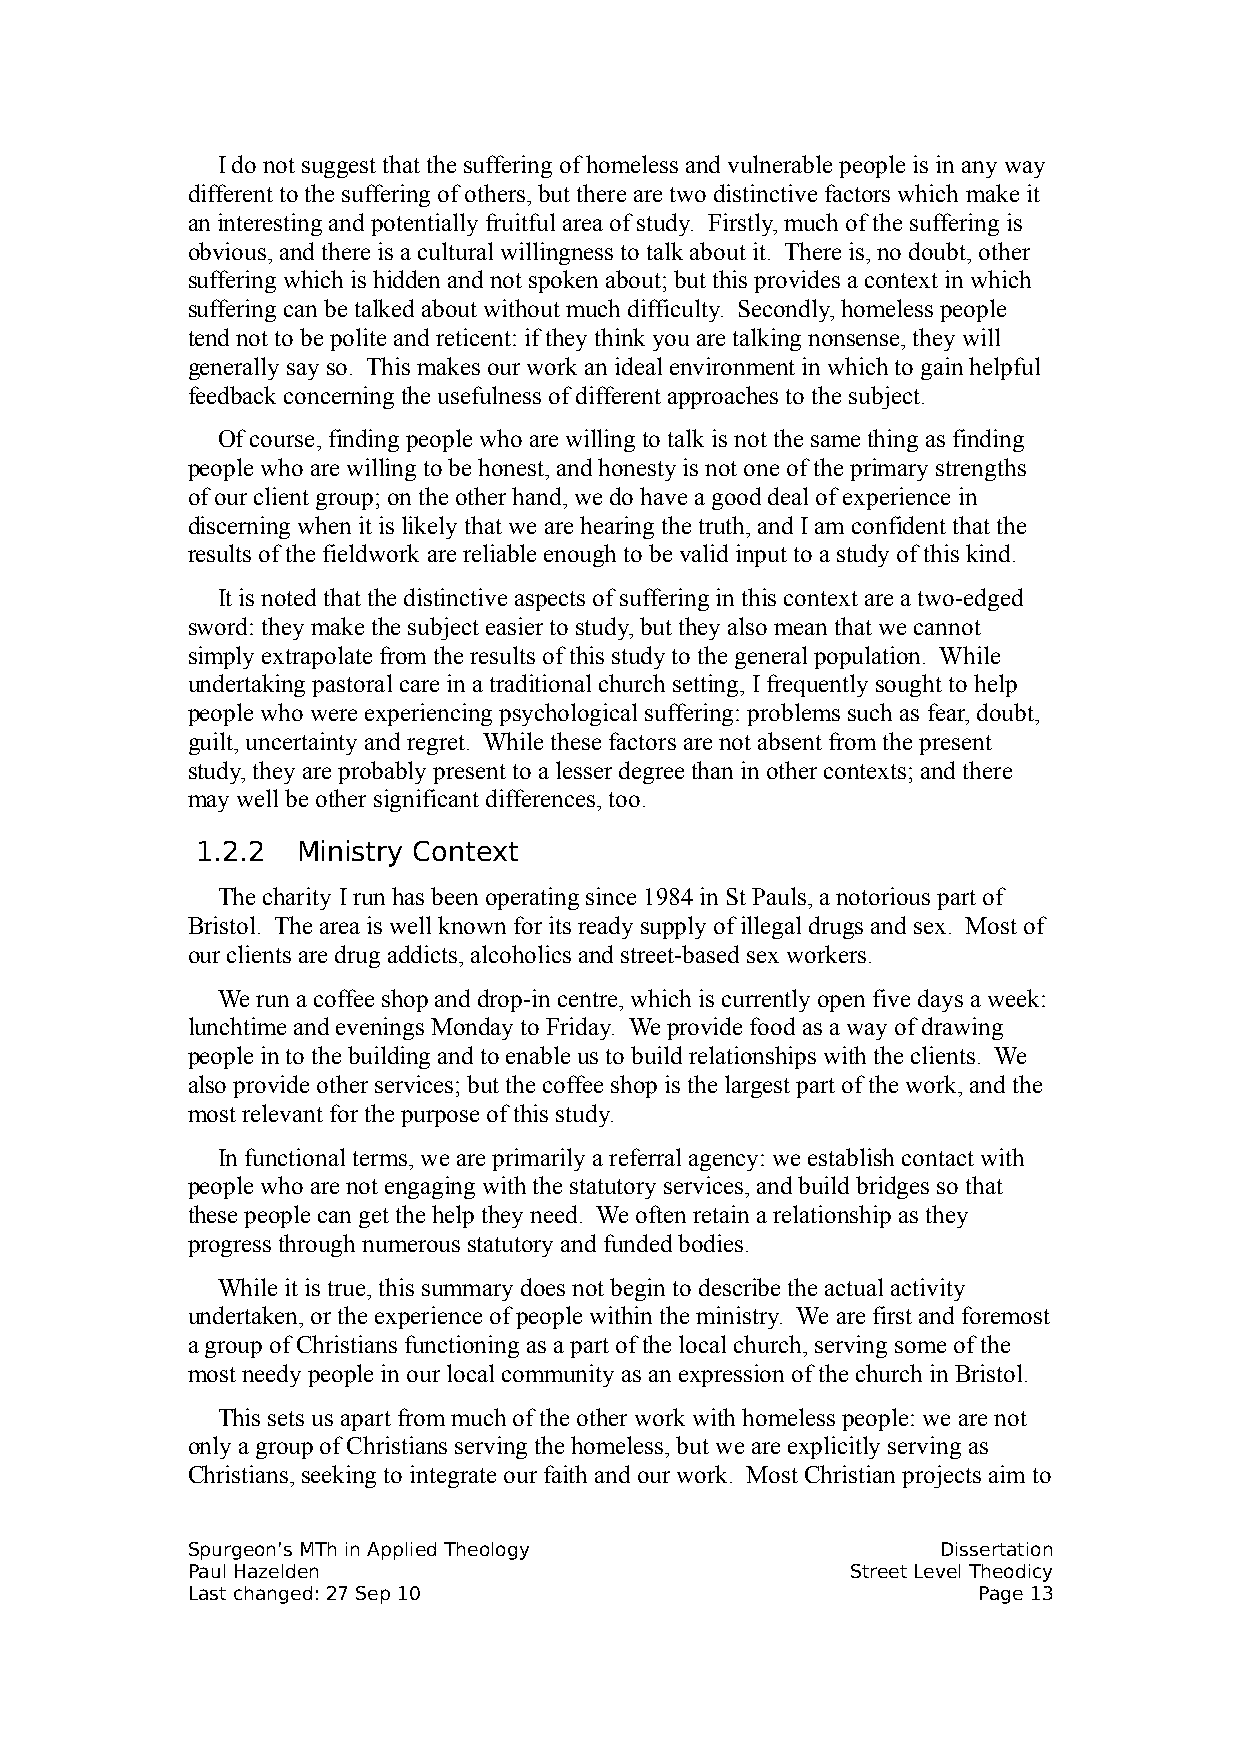
I do not suggest that the suffering of homeless and vulnerable people is in any way
 different to the suffering of others, but there are two distinctive factors which make it
 an interesting and potentially fruitful area of study. Firstly, much of the suffering is
 obvious, and there is a cultural willingness to talk about it. There is, no doubt, other
 suffering which is hidden and not spoken about; but this provides a context in which
 suffering can be talked about without much difficulty. Secondly, homeless people
 tend not to be polite and reticent: if they think you are talking nonsense, they will
 generally say so. This makes our work an ideal environment in which to gain helpful
 feedback concerning the usefulness of different approaches to the subject.
 Of course, finding people who are willing to talk is not the same thing as finding
 people who are willing to be honest, and honesty is not one of the primary strengths
 of our client group; on the other hand, we do have a good deal of experience in
 discerning when it is likely that we are hearing the truth, and I am confident that the
 results of the fieldwork are reliable enough to be valid input to a study of this kind.
 It is noted that the distinctive aspects of suffering in this context are a two-edged
 sword: they make the subject easier to study, but they also mean that we cannot
 simply extrapolate from the results of this study to the general population. While
 undertaking pastoral care in a traditional church setting, I frequently sought to help
 people who were experiencing psychological suffering: problems such as fear, doubt,
 guilt, uncertainty and regret. While these factors are not absent from the present
 study, they are probably present to a lesser degree than in other contexts; and there
 may well be other significant differences, too.
 1.2.2  Ministry Context
 The charity I run has been operating since 1984 in St Pauls, a notorious part of
 Bristol. The area is well known for its ready supply of illegal drugs and sex. Most of
 our clients are drug addicts, alcoholics and street-based sex workers.
 We run a coffee shop and drop-in centre, which is currently open five days a week:
 lunchtime and evenings Monday to Friday. We provide food as a way of drawing
 people in to the building and to enable us to build relationships with the clients. We
 also provide other services; but the coffee shop is the largest part of the work, and the
 most relevant for the purpose of this study.
 In functional terms, we are primarily a referral agency: we establish contact with
 people who are not engaging with the statutory services, and build bridges so that
 these people can get the help they need. We often retain a relationship as they
 progress through numerous statutory and funded bodies.
 While it is true, this summary does not begin to describe the actual activity
 undertaken, or the experience of people within the ministry. We are first and foremost
 a group of Christians functioning as a part of the local church, serving some of the
 most needy people in our local community as an expression of the church in Bristol.
 This sets us apart from much of the other work with homeless people: we are not
 only a group of Christians serving the homeless, but we are explicitly serving as
 Christians, seeking to integrate our faith and our work. Most Christian projects aim to
 Spurgeon’s MTh in Applied Theology                Dissertation
 Paul Hazelden                               Street Level Theodicy
 Last changed: 27 Sep 10                              Page 13